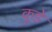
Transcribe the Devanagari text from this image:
कूडे